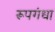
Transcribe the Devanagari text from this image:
रूपगंधा